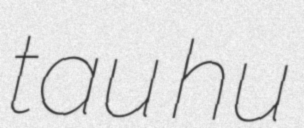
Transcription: tau hu